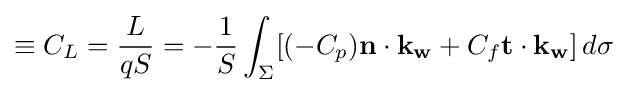
\equiv C_{L}={\dfrac {L}{qS}}=-{\dfrac {1}{S}}\int _{\Sigma }[(-C_{p})\mathbf {n} \cdot \mathbf {k_{w}} +C_{f}\mathbf {t} \cdot \mathbf {k_{w}} ]\,d\sigma